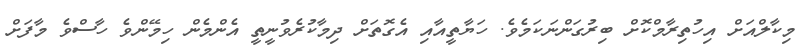
މިކާލްއަށް އިހުތިރާމްކޮށް ބިރުގަންނަކަމެވެ. ހަޔާތީއާއި އެގޮތަށް ދިމާކުރެވުނީތީ އެންމެން ހިމޭންވެ ހާސްވެ މާފަށް